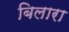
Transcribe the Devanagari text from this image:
बिलारा